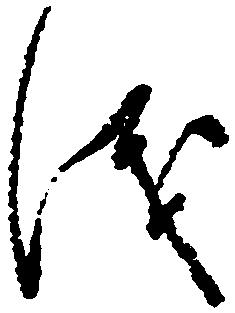
儀